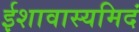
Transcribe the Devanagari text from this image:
ईशावास्यमिदं